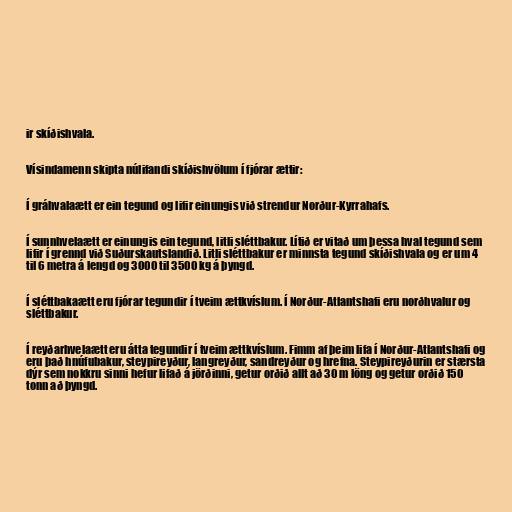
ir skíðishvala.

Vísindamenn skipta núlifandi skíðishvölum í fjórar ættir:

Í gráhvalaætt er ein tegund og lifir einungis við strendur Norður-Kyrrahafs.

Í sunnhvelaætt er einungis ein tegund, litli sléttbakur. Lítið er vitað um þessa hval tegund sem
lifir í grennd við Suðurskautslandið. Litli sléttbakur er minnsta tegund skíðishvala og er um 4
til 6 metra á lengd og 3000 til 3500 kg á þyngd.

Í sléttbakaætt eru fjórar tegundir í tveim ættkvíslum. Í Norður-Atlantshafi eru norðhvalur og
sléttbakur.

Í reyðarhvelaætt eru átta tegundir í tveim ættkvíslum. Fimm af þeim lifa í Norður-Atlantshafi og
eru það hnúfubakur, steypireyður, langreyður, sandreyður og hrefna. Steypireyðurin er stærsta
dýr sem nokkru sinni hefur lifað á jörðinni, getur orðið allt að 30 m löng og getur orðið 150
tonn að þyngd.